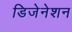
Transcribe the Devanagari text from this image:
डिजेनेशन